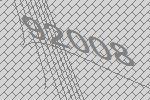
92008